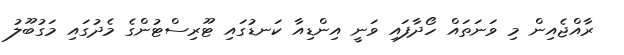
ރާއްޖެއިން މި ވަނަތައް ހޯދާފައި ވަނީ އިންޑިއާ ކަނޑުގައި ޓޫރިސްޓުންގެ މެދުގައި މަގުބޫލު